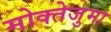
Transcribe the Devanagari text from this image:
मोक्तेजुमा